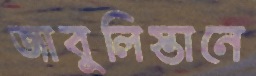
জাবুলিস্তানে